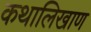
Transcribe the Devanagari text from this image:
कथालिखाण